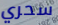
سحري